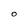
Character: 0